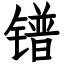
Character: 镨